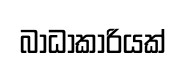
බාධාකාරියක්